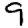
Digit: 9